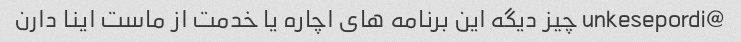
@unkesepordi چیز دیگه این برنامه های اچاره یا خدمت از ماست اینا دارن